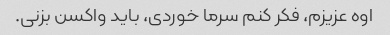
اوه عزیزم، فکر کنم سرما خوردی، باید واکسن بزنی.